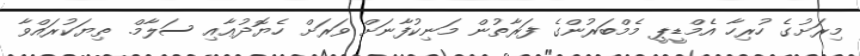
މިރަށުގެ ހުރިހާ އެމްޑީޕީ މެމްބަރުންގެ ފަރާތުން މަނިކުފާނަށް ވަރަށް ހެޔޮދުޢާއި ސަލާމް. ތިޔަކުރައްވާ